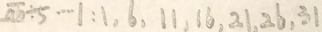
\overline { a b } \div 5 \cdots 1 : 1 , 6 , 1 1 , 1 6 , 2 1 , 2 6 , 3 1